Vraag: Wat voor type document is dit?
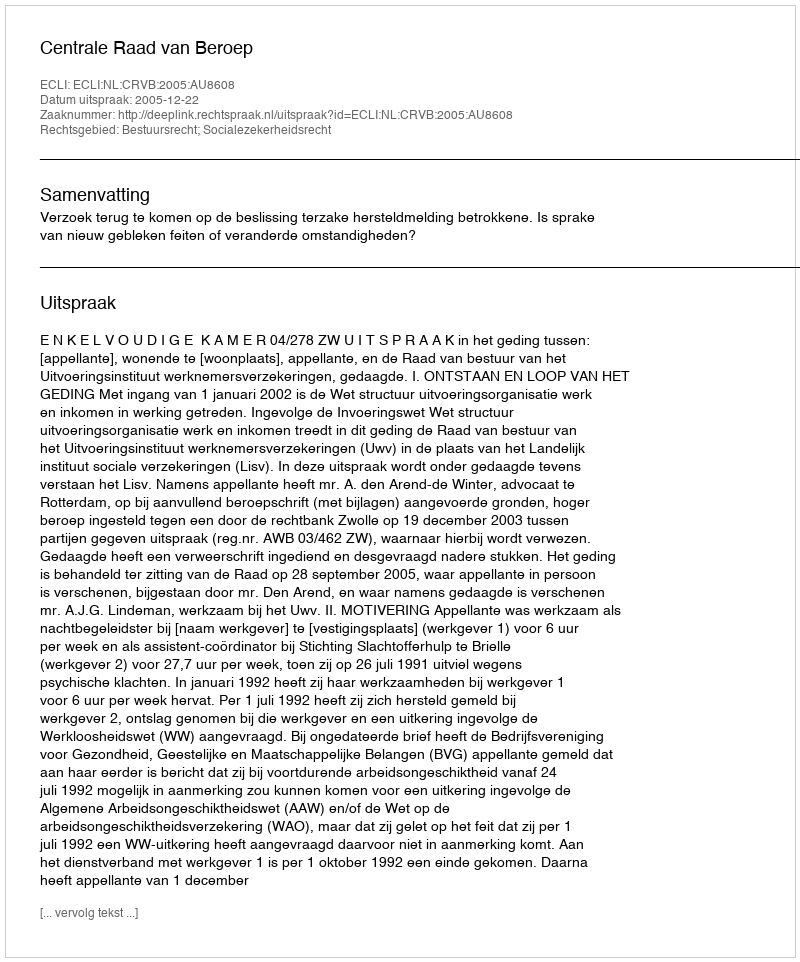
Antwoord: Uitspraak